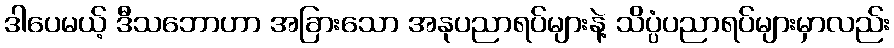
ဒါပေမယ့် ဒီသဘောဟာ အခြားသော အနုပညာရပ်များနဲ့ သိပ္ပံပညာရပ်များမှာလည်း